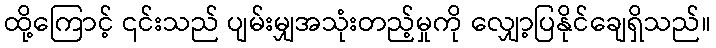
ထို့ကြောင့် ၎င်းသည် ပျမ်းမျှအသုံးတည့်မှုကို လျှော့ပြနိုင်ချေရှိသည်။